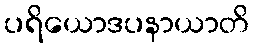
ပရိယောဒပနာယာတိ